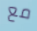
مع